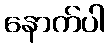
နောက်ပါ